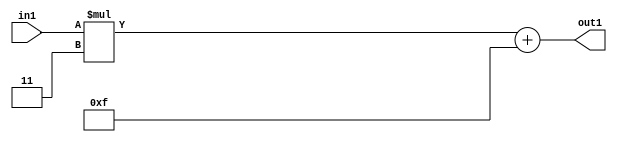
`timescale 1ps / 1ps
/*****************************************************************************
    Verilog RTL Description
    
    
    Created by: Stratus DpOpt 21.05.01 
*******************************************************************************/

module SobelFilter_Add2i15Mul2i3s6_4 (
	in1,
	out1
	); /* architecture "behavioural" */ 
input [5:0] in1;
output [5:0] out1;
wire [5:0] asc001,
	asc003;

assign asc003 = 
	+(in1 * 6'B000011);

assign asc001 = 
	+(asc003)
	+(6'B001111);

assign out1 = asc001;
endmodule

/* CADENCE  ubTzSQg= : u9/ySxbfrwZIxEzHVQQV8Q== ** DO NOT EDIT THIS LINE ******/